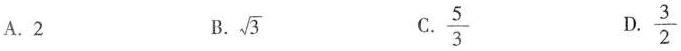
A.2 B. \sqrt{3}C.\frac{5}{3} D.\frac{3}{2}